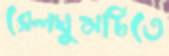
রেলঘুমটিতে